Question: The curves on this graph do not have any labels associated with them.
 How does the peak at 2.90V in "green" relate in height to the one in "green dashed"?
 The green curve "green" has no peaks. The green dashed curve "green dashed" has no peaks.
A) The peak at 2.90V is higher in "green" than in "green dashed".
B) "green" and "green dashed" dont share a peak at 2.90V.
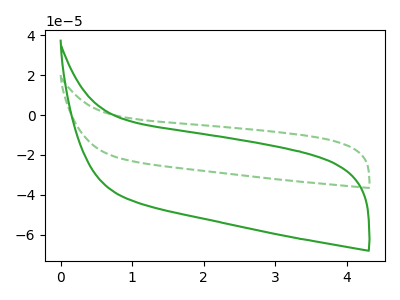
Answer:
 <answer>B) "green" and "green dashed" dont share a peak at 2.90V.</answer>
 <eval>B</eval>